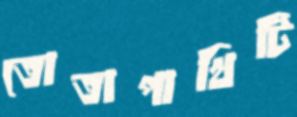
তোতাপাখিটি